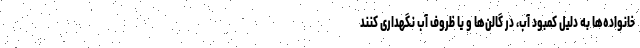
خانواده‌ها به دلیل کمبود آب، در گالن‌ها و یا ظروف آب نگهداری کنند